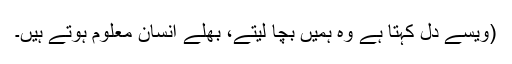
(ویسے دل کہتا ہے وہ ہمیں بچا لیتے، بھلے انسان معلوم ہوتے ہیں۔